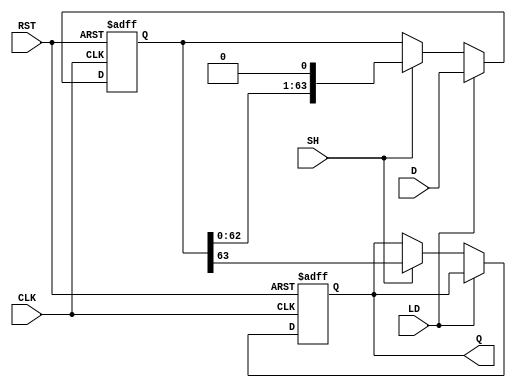
module piso_register (
    input wire [63:0] D,      // 64-bit parallel input data
    input wire LD,            // Load control signal
    input wire SH,            // Shift control signal
    input wire CLK,           // Clock signal
    input wire RST,           // Asynchronous reset signal
    output reg Q              // Serial output
);

    reg [63:0] shift_reg;     // 64-bit shift register

    always @(posedge CLK or posedge RST) begin
        if (RST) begin
            shift_reg <= 64'b0; // Reset the shift register to 0
            Q <= 1'b0;          // Reset output
        end else if (LD) begin
            shift_reg <= D;     // Load data into the shift register
        end else if (SH) begin
            Q <= shift_reg[63]; // Output the MSB to Q
            shift_reg <= {shift_reg[62:0], 1'b0}; // Shift left
        end
    end

endmodule